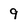
Character: 9